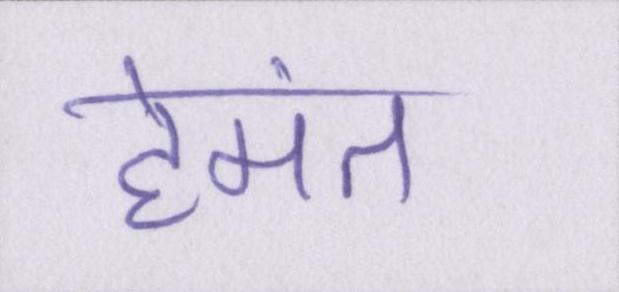
हेमंत